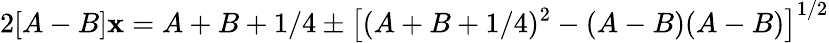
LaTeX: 2[A-B]\mathbf{x}=A+B+1/4\pm\left[(A+B+1/4)^{2}-(A-B)(A-B)\right]^{1/2}